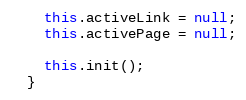
Language: JavaScript
    this.activeLink = null;
    this.activePage = null;

    this.init();
  }